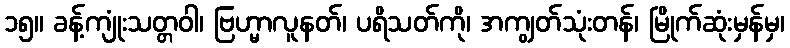
၁၅။ ခန့်ကျုံးသတ္တဝါ၊ ဗြဟ္မာလူနတ်၊ ပရိသတ်ကို၊ အကျွတ်သုံးတန်၊ မြိုက်ဆုံးမှန်မှ၊